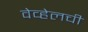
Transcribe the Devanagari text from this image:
वेव्हेलची